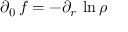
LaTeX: \partial _ { 0 } \, f = - \partial _ { r } \, \ln \rho